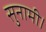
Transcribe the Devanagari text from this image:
सुनामी।